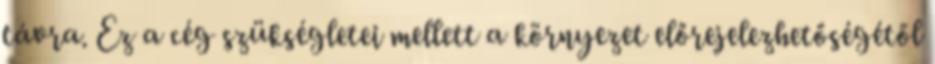
távra. Ez a cég szükségletei mellett a környezet előrejelezhetőségétől